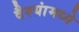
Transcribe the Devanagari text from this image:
वैश्यांमध्ये